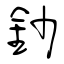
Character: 鈔